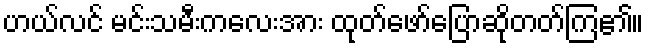
ဟယ်လင် မင်းသမီးကလေးအား ထုတ်ဖော်ပြောဆိုတတ်ကြ၏။